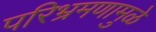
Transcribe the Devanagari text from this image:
परिभ्रमणामुळे